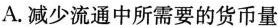
A.减少流通中所需要的货币量